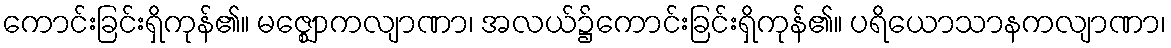
ကောင်းခြင်းရှိကုန်၏။ မဇ္ဈောကလျာဏာ၊ အလယ်၌ကောင်းခြင်းရှိကုန်၏။ ပရိယောသာနကလျာဏာ၊